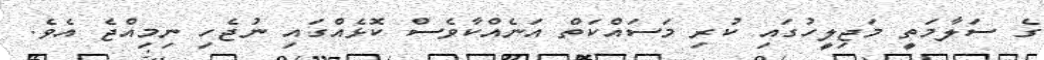
ގެ ސަލާމަތީ މަޖިލީހުގައި ކުރި މަސައްކަތް އަނެއްކާވެސް ކޮޅެއްގައި ނުޖެހި ނިމިއްޖެ އެވެ.